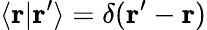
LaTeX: \langle\mathbf{r}|\mathbf{r}^{\prime}\rangle=\delta(\mathbf{r}^{\prime}-\mathbf{r})